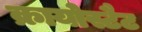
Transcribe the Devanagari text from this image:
क्रायोस्टैट